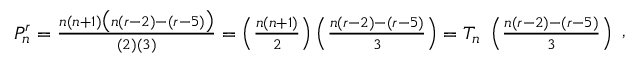
{ \begin{array} { r } { P _ { n } ^ { r } = { \frac { n ( n + 1 ) { \bigl ( } n ( r - 2 ) - ( r - 5 ) { \bigr ) } } { ( 2 ) ( 3 ) } } = \left( { \frac { n ( n + 1 ) } { 2 } } \right) \left( { \frac { n ( r - 2 ) - ( r - 5 ) } { 3 } } \right) = T _ { n } \ \left( { \frac { n ( r - 2 ) - ( r - 5 ) } { 3 } } \right) } \end{array} } ,